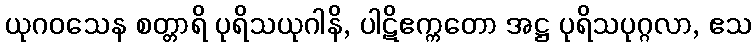
ယုဂဝသေန စတ္တာရိ ပုရိသယုဂါနိ, ပါဋိဧက္ကတော အဋ္ဌ ပုရိသပုဂ္ဂလာ, ဧသ